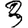
Digit: 3